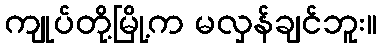
ကျုပ်တို့မြို့က မလှန်ချင်ဘူး။